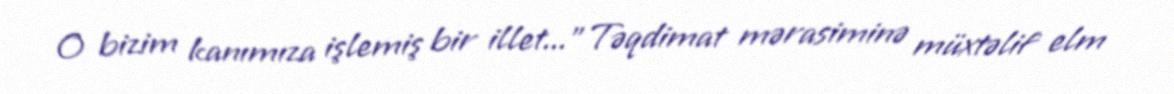
O bizim kanımıza işlemiş bir illet...”Təqdimat mərasiminə müxtəlif elm